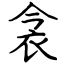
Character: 衾